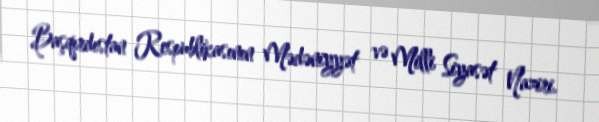
Başqırdıstan Respublikasının Mədəniyyət və Milli Siyasət Naziri.